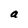
Character: a